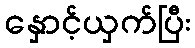
နှောင့်ယှက်ပြီး